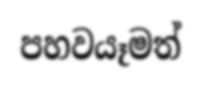
පහවයෑමත්